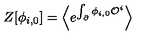
Z [ \phi _ { i , 0 } ] = \Bigl \langle e ^ { \int _ { \partial } \phi _ { i , 0 } { \cal O } ^ { i } } \Bigr \rangle